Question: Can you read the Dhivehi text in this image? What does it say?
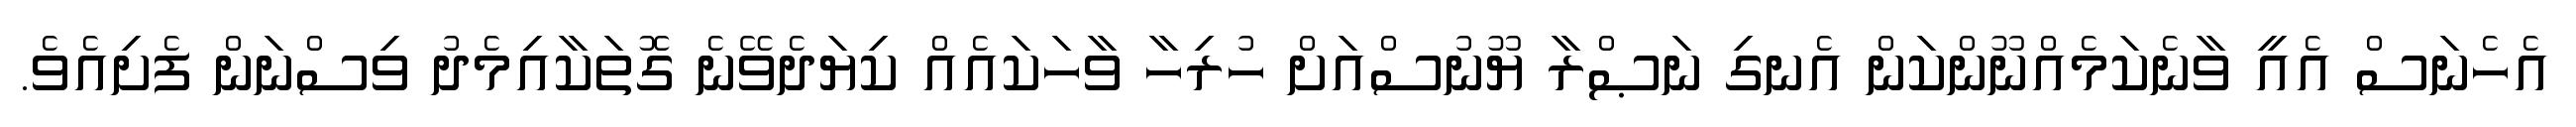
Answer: އެހެނަސް އެއީ ވާނެކަމެއްނޫންކަން އެނގި ނަޞްރާ ޔޫނުސްއަށް ހުރިހާ ވާހަކައެއް ކިޔަދެވޭނެ ގޮތަކާއިމެދު ވިސްނަން ފެށިއެވެ.